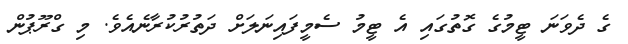
ގެ ދެވަނަ ޓީމުގެ ގޮތުގައި އެ ޓީމު ސެމީފައިނަލަށް ދަތުރުކުރާނެއެވެ. މި ގްރޫޕުން